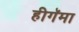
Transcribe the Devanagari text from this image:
हीगॅमा